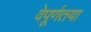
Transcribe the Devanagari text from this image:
वेपूर्णतया